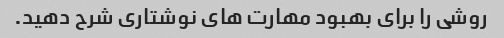
روشی را برای بهبود مهارت های نوشتاری شرح دهید.